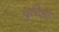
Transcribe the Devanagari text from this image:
दुरिआ